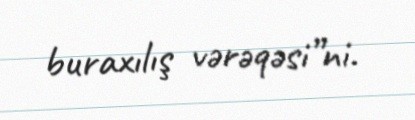
buraxılış vərəqəsi”ni.